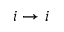
i \rightarrow i